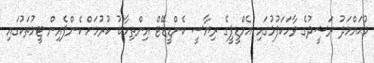
މުޙައްމަދު ރަޝީދުގެ ވާހަކަފުޅުގައި އެމްޑީޕީގެ ރިޔާސީ ކެންޑީޑޭޓް އިންތިހާބު ކުރުމަށް ކެންޕެއިން ޓީމުތަކުގައި